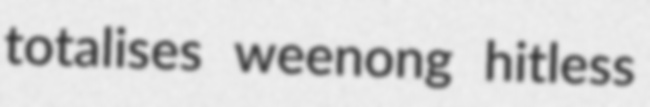
totalises weenong hitless